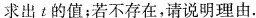
求出t的值；若不存在，请说明理由.